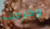
وخرجت